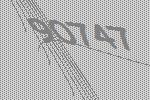
90747